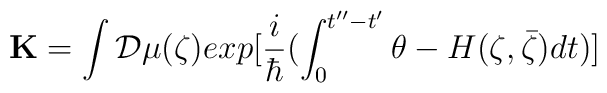
{\bf K} = \int{\cal D}\mu(\zeta) exp [\frac{i}{\hbar} (\int_{0}^{t'' - t'} \theta - H (\zeta, \bar{\zeta}) dt)]